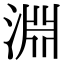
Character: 淵